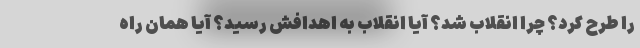
را طرح كرد؟ چرا انقلاب شد؟ آيا انقلاب به اهدافش رسيد؟ آيا همان راه